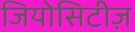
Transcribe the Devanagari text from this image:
जियोसिटीज़